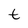
Character: t